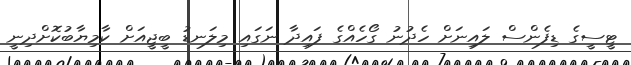
ޓީސީގެ ޑިފެންސް ލައިނަށް ހެދުނު ގޯހެއްގެ ފައިދާ ނަގައި މިލަނޑު ބީޖީއަށް ކާމިޔާބުކޮށްދިނީ